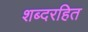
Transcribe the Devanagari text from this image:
शब्दरहित